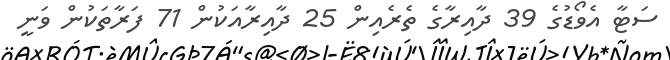
ސަޓާ އެވޯޑުގެ 39 ދާއިރާގެ ތެރެއިން 25 ދާއިރާއަކުން 71 ފަރާތަކުން ވަނީ